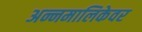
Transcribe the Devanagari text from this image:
अन्नमालिकेवर